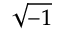
\scriptstyle { \sqrt { - 1 } }